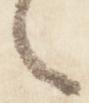
之